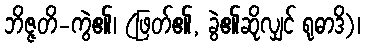
ဘိဇ္ဇတိ-ကွဲ၏၊ (ဖြတ်၏, ခွဲ၏ဆိုလျှင် ရုဓာဒိ)၊